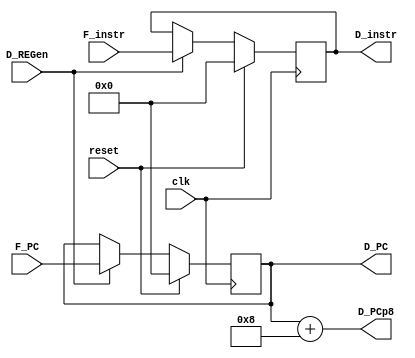
module D_REG(
    input clk,
    input reset,
    input D_REGen,
    input [31:0] F_PC,
    input [31:0] F_instr,
    output reg [31:0] D_PC,
    output [31:0] D_PCp8,
    output reg [31:0] D_instr);

	assign D_PCp8 = D_PC + 32'h8;

    always @(posedge clk) begin
        if (reset) begin
            D_PC <= 32'h0;
            D_instr <= 32'h0;
        end
        else begin
            if (D_REGen) begin
                D_PC <= F_PC;
                D_instr <= F_instr;
            end
            else begin
                D_PC <= D_PC;
                D_instr <= D_instr;
            end
        end
    end

endmodule